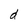
Character: d